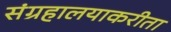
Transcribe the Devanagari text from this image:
संग्रहालयाकरीता